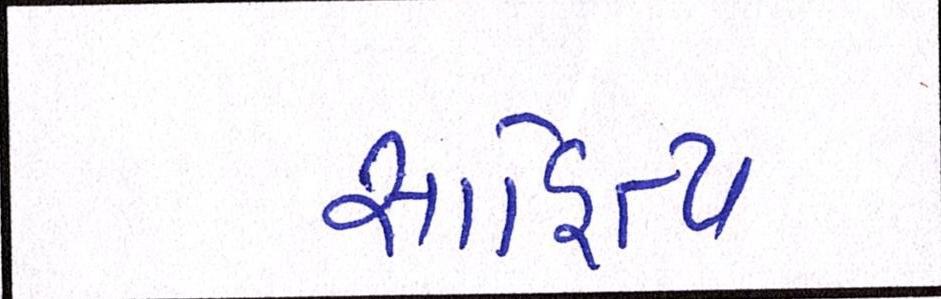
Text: સાહિત્ય